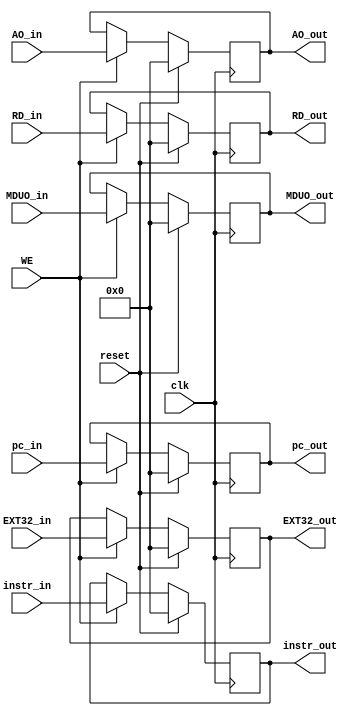
`timescale 1ns / 1ps

module W_REG(
    input clk,
    input reset,
    input WE,
    input [31:0] instr_in,
    input [31:0] pc_in,
    input [31:0] EXT32_in,
    input [31:0] AO_in,
    input [31:0] MDUO_in,
    input [31:0] RD_in,
    output [31:0] instr_out,
    output [31:0] pc_out,
    output [31:0] EXT32_out,
    output [31:0] AO_out,
    output [31:0] MDUO_out,
    output [31:0] RD_out
    );
    
    reg [31:0] instr;
    reg [31:0] pc;
    reg [31:0] EXT32;
    reg [31:0] AO;
    reg [31:0] RD;
    reg [31:0] MDUO;
    
    assign instr_out = instr;
    assign pc_out = pc;
    assign EXT32_out = EXT32;
    assign AO_out = AO;
    assign MDUO_out = MDUO;
    assign RD_out = RD;

    always @(posedge clk) begin
        if(reset) begin
            instr <= 0;
            pc <= 0;
            EXT32 <= 0;
            MDUO <= 0;
            AO <= 0;
            RD <= 0;
        end
        else if(WE) begin
            instr <= instr_in;
            pc <= pc_in;
            EXT32 <= EXT32_in;
            MDUO <= MDUO_in;
            AO <= AO_in;
            RD <= RD_in;
        end
    end


endmodule